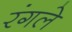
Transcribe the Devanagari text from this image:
रंगले